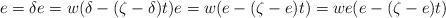
LaTeX: \begin{align*} e &= \delta e = w (\delta - (\zeta - \delta)t)e = w (e - (\zeta - e)t) = we (e - (\zeta - e)t) \end{align*}